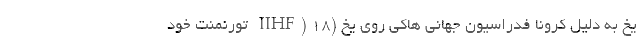
یخ به دلیل کرونا فدراسیون جهانی هاکی روی یخ (IIHF) ۱۸ تورنمنت خود